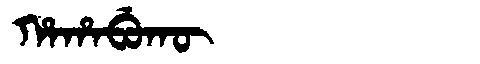
Manchu: ᡥᠠᡥᠠᠪᡠᡴᡡ
Romanization: HAHABUKŪ